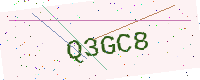
Text: Q3GC8